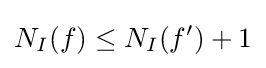
N_{I}(f)\leq N_{I}(f')+1